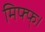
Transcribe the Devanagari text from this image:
मिफ्फ्।